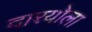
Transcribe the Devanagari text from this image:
दारयोला